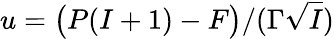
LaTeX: u=\big(P(I+1)-F\big)/(\Gamma\sqrt{I})